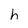
Character: h